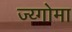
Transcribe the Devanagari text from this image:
ज्य्गोमा